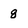
Character: 8